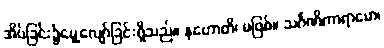
အိပ်ခြင်း၌မွေ့လျော်ခြင်းရှိသည်။ နဟောတိ၊ မဖြစ်။ သင်္ဂဏိကာရာမော၊